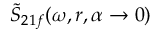
\tilde { S } _ { 2 1 f } ( \omega , r , \alpha \rightarrow 0 )